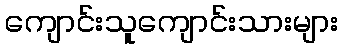
ကျောင်းသူကျောင်းသားများ